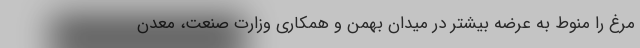
مرغ را منوط به عرضه بیشتر در میدان بهمن و همکاری وزارت صنعت، معدن